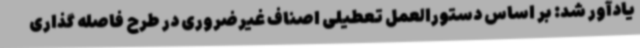
یادآور شد: بر اساس دستورالعمل تعطیلی اصناف غیرضروری در طرح فاصله گذاری